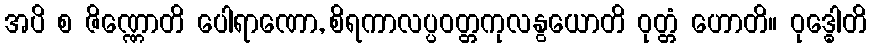
အပိ စ ဇိဏ္ဏောတိ ပေါရာဏော, စိရကာလပ္ပဝတ္တကုလနွယောတိ ဝုတ္တံ ဟောတိ။ ဝုဒ္ဓေါတိ